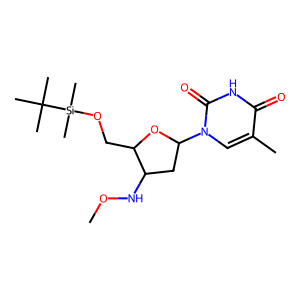
SMILES: CONC1CC(n2cc(C)c(=O)[nH]c2=O)OC1CO[Si](C)(C)C(C)(C)C
Inhibits HIV replication: No